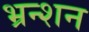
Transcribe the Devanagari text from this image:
भ्रन्शन